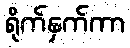
ရိုက်နှက်ကာ